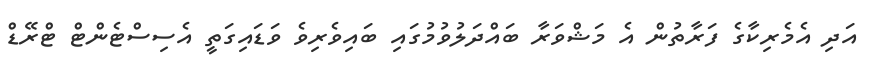
އަދި އެމެރިކާގެ ފަރާތުން އެ މަޝްވަރާ ބައްދަލުވުމުގައި ބައިވެރިވެ ވަޑައިގަތީ އެސިސްޓެންޓް ޓްރޭޑް